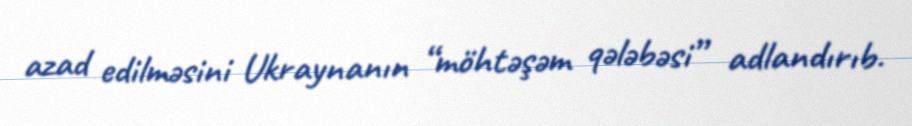
azad edilməsini Ukraynanın “möhtəşəm qələbəsi” adlandırıb.